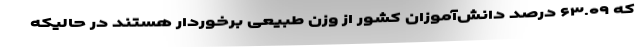
که ۶۳.۰۹ درصد دانش‌آموزان کشور از وزن طبیعی برخوردار هستند در حالیکه